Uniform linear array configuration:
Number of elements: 64
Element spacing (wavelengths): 0.25
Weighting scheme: exponential
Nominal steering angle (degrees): -45
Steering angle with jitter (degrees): -46.023
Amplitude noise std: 0.05
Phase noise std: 0.05

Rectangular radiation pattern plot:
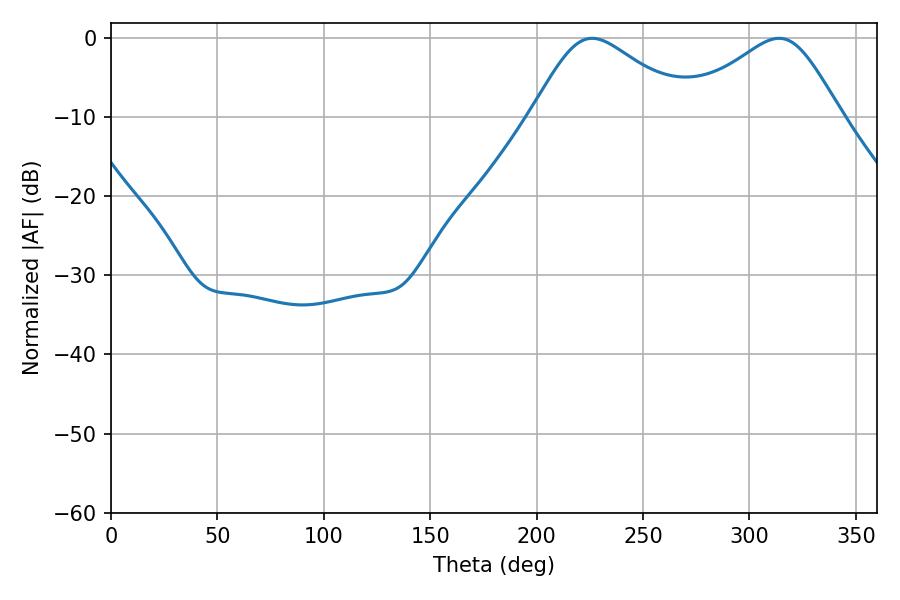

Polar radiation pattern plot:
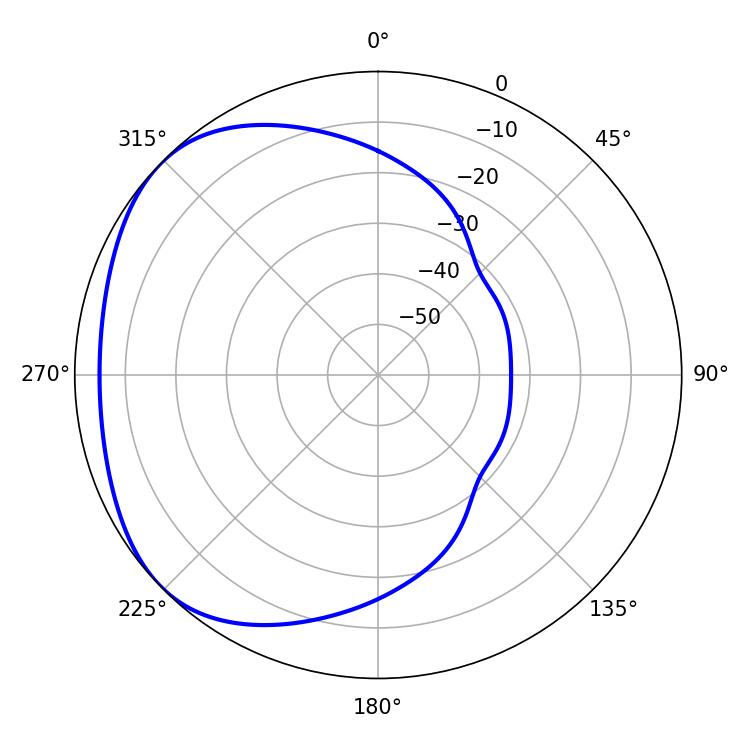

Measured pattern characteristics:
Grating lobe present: FALSE
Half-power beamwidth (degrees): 36.72
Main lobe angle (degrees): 226.08